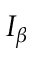
I _ { \beta }